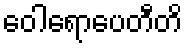
ဝေါရောပေတီတိ